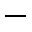
^ { - }